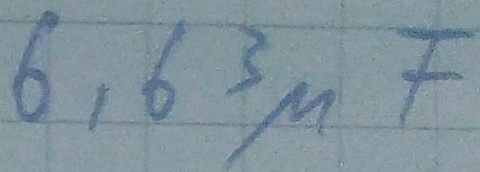
Text: 6,63µF